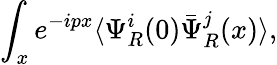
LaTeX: \int_{x}e^{-ipx}\langle\Psi_{R}^{i}(0)\bar{\Psi}_{R}^{j}(x)\rangle,